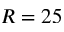
R = 2 5